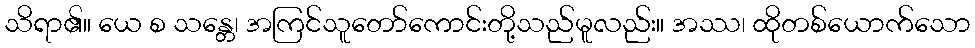
သိရာ၏။ ယေ စ သန္တေ၊ အကြင်သူတော်ကောင်းတို့သည်မူလည်း။ အဿ၊ ထိုတစ်ယောက်သော